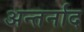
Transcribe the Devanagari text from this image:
अन्तर्नाद